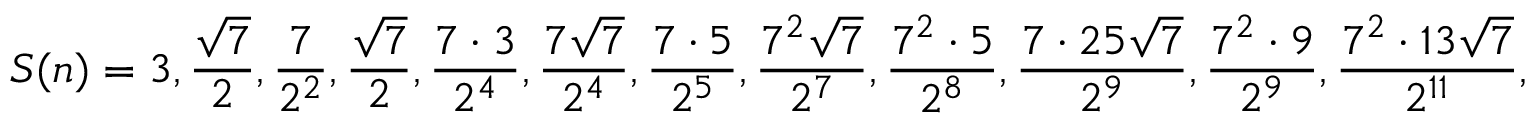
S ( n ) = 3 , { \frac { \sqrt { 7 } } { 2 } } , { \frac { 7 } { 2 ^ { 2 } } } , { \frac { \sqrt { 7 } } { 2 } } , { \frac { 7 \cdot 3 } { 2 ^ { 4 } } } , { \frac { 7 { \sqrt { 7 } } } { 2 ^ { 4 } } } , { \frac { 7 \cdot 5 } { 2 ^ { 5 } } } , { \frac { 7 ^ { 2 } { \sqrt { 7 } } } { 2 ^ { 7 } } } , { \frac { 7 ^ { 2 } \cdot 5 } { 2 ^ { 8 } } } , { \frac { 7 \cdot 2 5 { \sqrt { 7 } } } { 2 ^ { 9 } } } , { \frac { 7 ^ { 2 } \cdot 9 } { 2 ^ { 9 } } } , { \frac { 7 ^ { 2 } \cdot 1 3 { \sqrt { 7 } } } { 2 ^ { 1 1 } } } ,